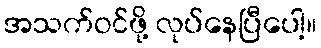
အသက်ဝင်ဖို့ လုပ်နေပြီပေါ့။